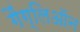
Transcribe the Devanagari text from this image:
गैंग्लिऑन